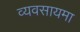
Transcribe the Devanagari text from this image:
व्यवसायमा